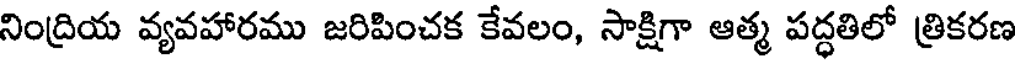
నింద్రియ వ్యవహారము జరిపించక కేవలం, సాక్షిగా ఆత్మ పద్ధతిలో త్రికరణ